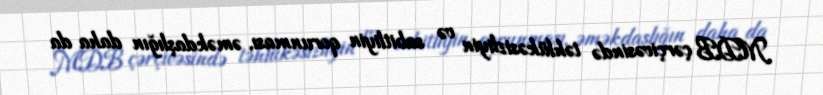
MDB çərçivəsində təhlükəsizliyin və sabitliyin qorunması, əməkdaşlığın daha da